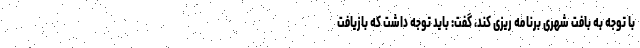
با توجه به بافت شهری برنامه ریزی کند، گفت: باید توجه داشت که بازیافت